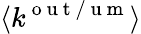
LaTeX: \langle k^{\mathrm{~o~u~t~/~u~m~}}\rangle